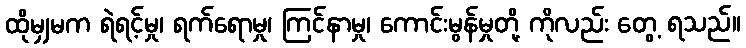
ထိုမျှမက ရဲရင့်မှု၊ ရက်ရောမှု၊ ကြင်နာမှု၊ ကောင်းမွန်မှုတို့ ကိုလည်း တွေ့ ရသည်။